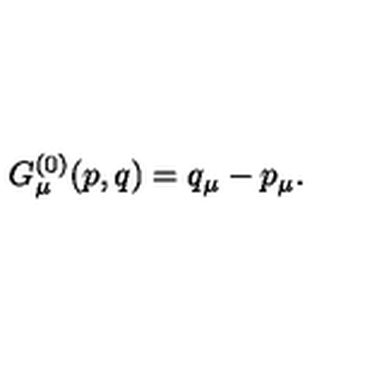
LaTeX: G _ { \mu } ^ { ( 0 ) } ( p , q ) = q _ { \mu } - p _ { \mu } .